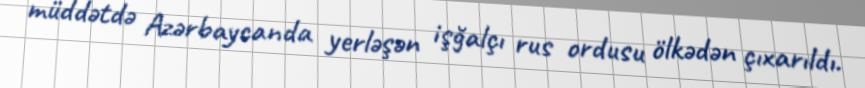
müddətdə Azərbaycanda yerləşən işğalçı rus ordusu ölkədən çıxarıldı.